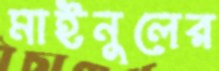
মাইনুলের